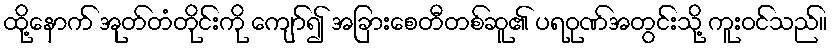
ထို့နောက် အုတ်တံတိုင်းကို ကျော်၍ အခြားစေတီတစ်ဆူ၏ ပရဝုဏ်အတွင်းသို့ ကူးဝင်သည်။